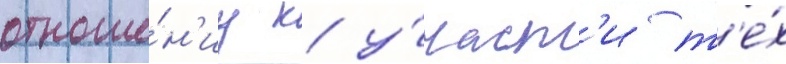
отноше́н'иу к у́част'и т'е́х